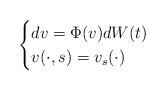
LaTeX: \begin{align*}\begin{cases}dv = \Phi (v) d W (t) \\v(\cdot ,s) = v_s (\cdot)\end{cases} \end{align*}